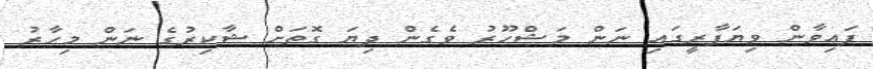
ފައިވާން ވިޔަފާރީގައި ނަން މަޝްހޫރު ވެގެން ދިޔަ ގޮތަށް ޝާކިރުގެ ނަން މިހާރު